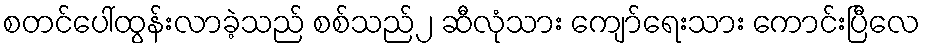
စတင်ပေါ်ထွန်းလာခဲ့သည် စစ်သည်၂ ဆီလုံသား ကျော်ရေးသား ကောင်းပြီလေ